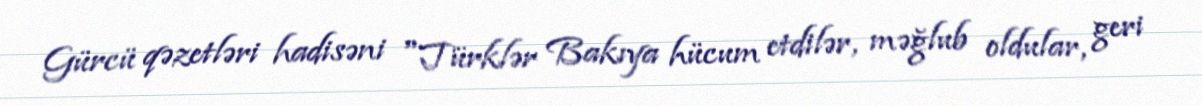
Gürcü qəzetləri hadisəni "Türklər Bakıya hücum etdilər, məğlub oldular, geri